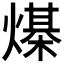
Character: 𰟙